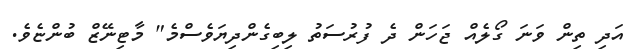
އަދި ތިން ވަނަ ގޯލެއް ޖަހަން ދެ ފުރުސަތު ލިބިގެންދިޔަވެސްމެ" މާޓިނޭޒް ބުންޏެވެ.